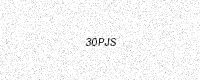
Text: 30PJS